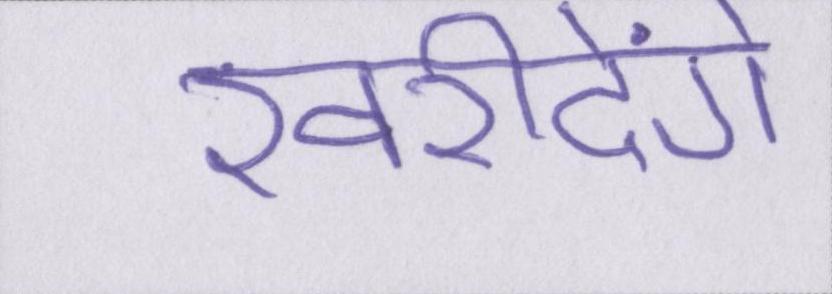
खरीदेंगे